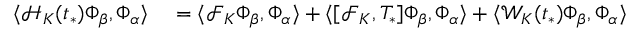
\begin{array} { r l } { \langle \mathcal { H } _ { K } ( t _ { * } ) \Phi _ { \beta } , \Phi _ { \alpha } \rangle } & { { } = \langle \mathcal { F } _ { K } \Phi _ { \beta } , \Phi _ { \alpha } \rangle + \langle [ \mathcal { F } _ { K } , T _ { * } ] \Phi _ { \beta } , \Phi _ { \alpha } \rangle + \langle \mathcal { W } _ { K } ( t _ { * } ) \Phi _ { \beta } , \Phi _ { \alpha } \rangle } \end{array}